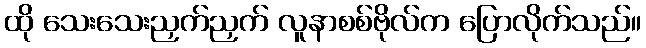
ထို သေးသေးညှက်ညှက် လူနာစစ်ဗိုလ်က ပြောလိုက်သည်။